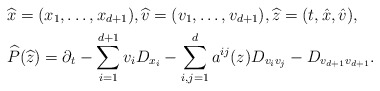
\begin{align*}& \widehat x = (x_1, \ldots, x_{d+1}), \widehat v = (v_1, \ldots, v_{d+1}), \widehat z = (t, \hat x, \hat v),\\& \widehat P (\widehat z) = \partial_t - \sum_{i = 1}^{d+1} v_i D_{x_i} - \sum_{i, j = 1}^{d} a^{i j} (z) D_{v_i v_j} - D_{v_{d+1} v_{d+1}}.\end{align*}